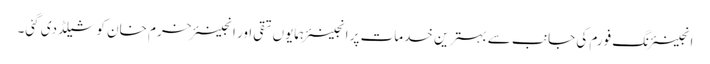
انجینئرنگ فورم کی جانب سے بہترین خدمات پر انجینئر ہمایوں تقی اور انجینئر خرم خان کو شیلڈ دی گئی۔